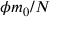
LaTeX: \phi m _ { 0 } / N